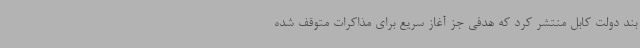
بند دولت کابل منتشر کرد که هدفی جز آغاز سریع برای مذاکرات متوقف شده